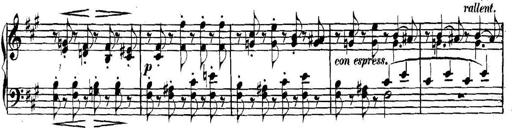
Title: Collected Piano Sonatas
Composer: Muzio Clementi